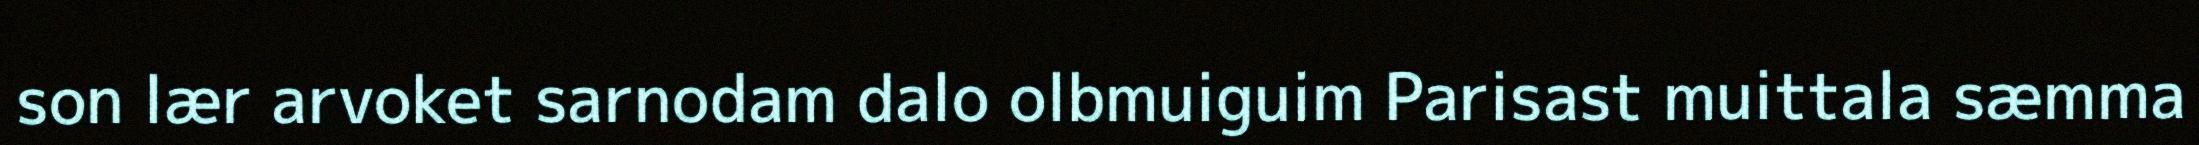
son lær arvoket sarnodam dalo olbmuiguim Parisast muittala sæmma